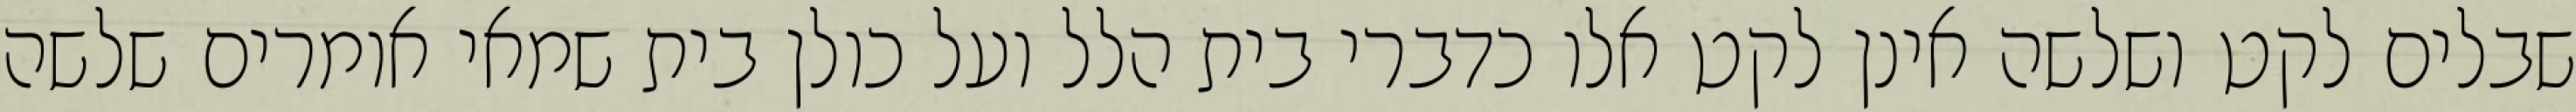
שבלים לקט ושלשה אינן לקט אלו כדברי בית הלל ועל כולן בית שמאי אומרים שלשה